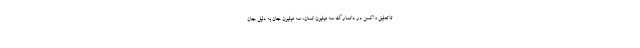
تا تعلیق واکسن در دانمارک سه میلیون انسان، سه میلیون جان به دلیل جان